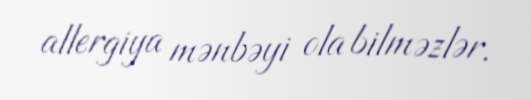
allergiya mənbəyi ola bilməzlər.